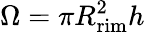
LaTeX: \Omega=\pi R_{\mathrm{rim}}^{2}h